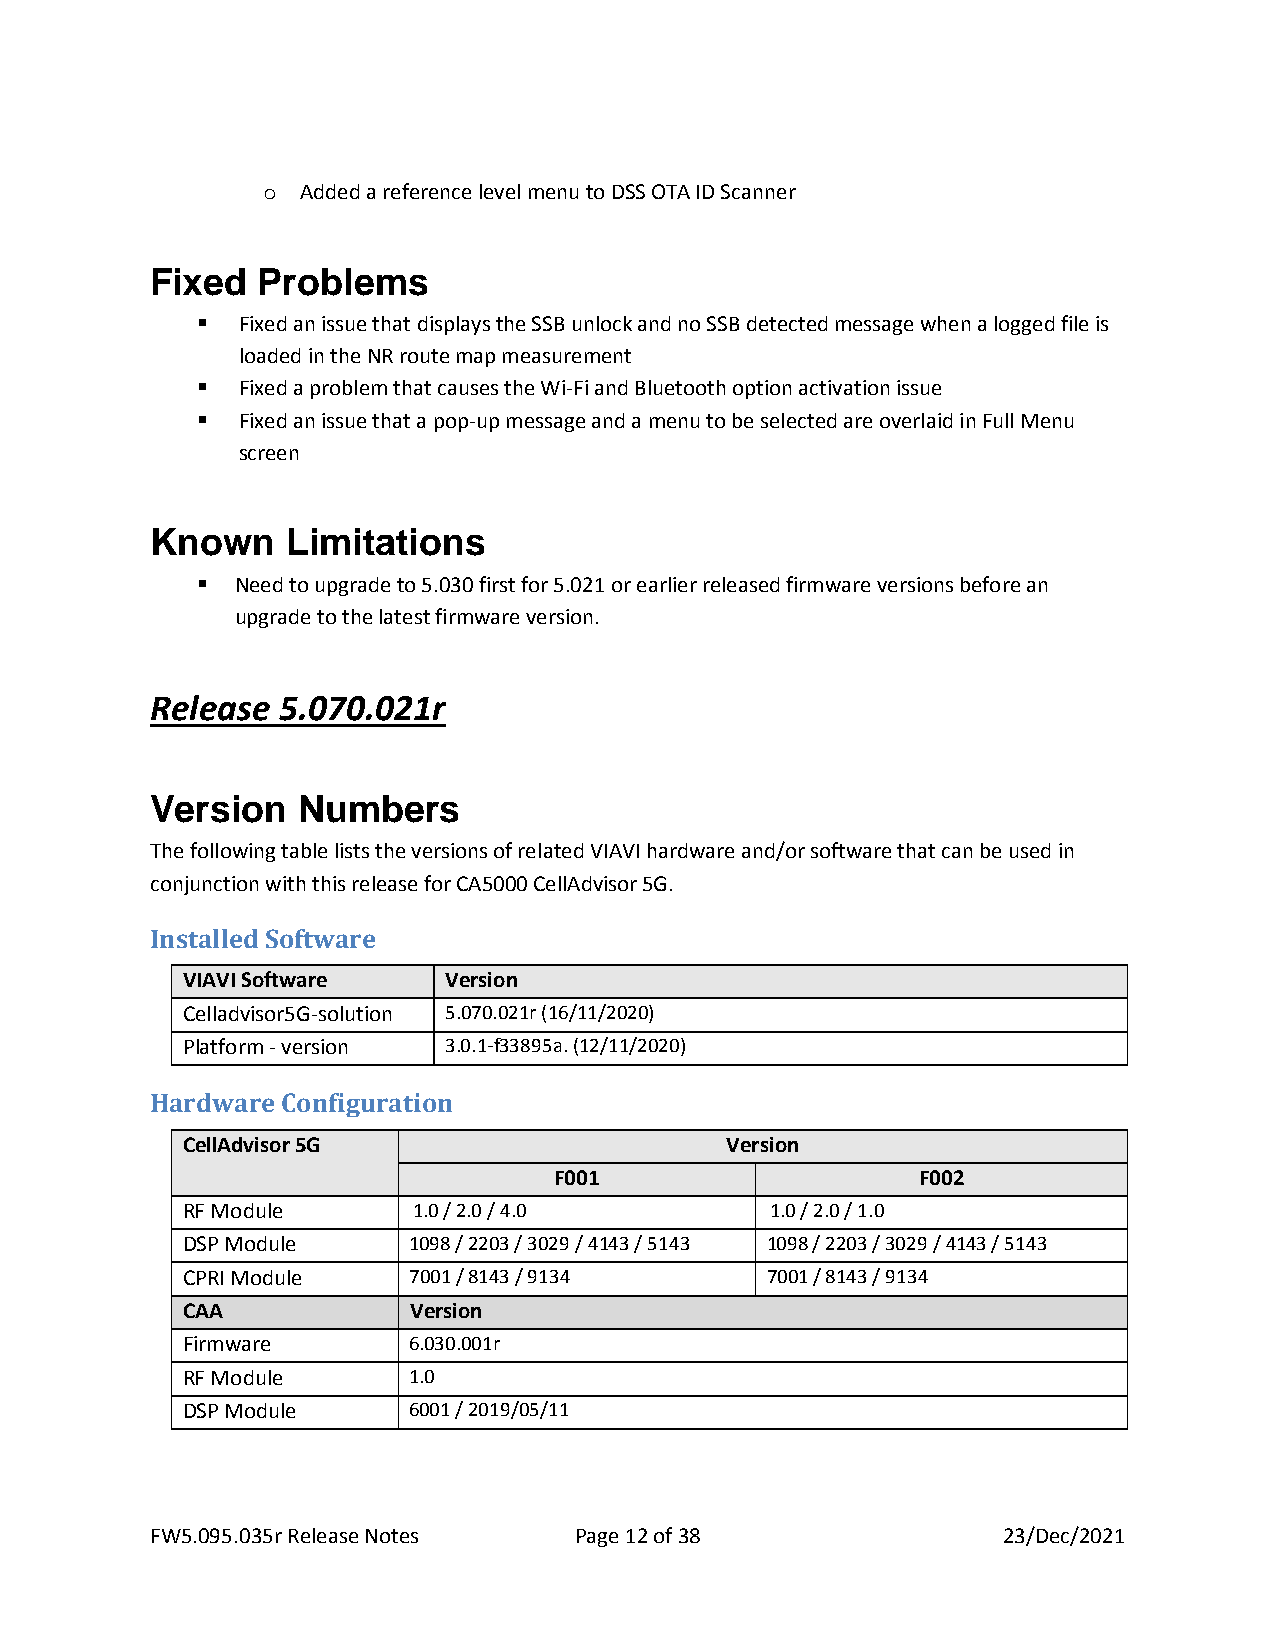
o  Added a reference level menu to DSS OTA ID Scanner
 Fixed  Problems
 ▪  Fixed an issue that displays the SSB unlock and no SSB detected message when a logged file is
 loaded in the NR route map measurement
 ▪  Fixed a problem that causes the Wi-Fi and Bluetooth option activation issue
 ▪  Fixed an issue that a pop-up message and a menu to be selected are overlaid in Full Menu
 screen
 Known    Limitations
 ▪  Need to upgrade to 5.030 first for 5.021 or earlier released firmware versions before an
 upgrade to the latest firmware version.
 Release 5.070.021r
 Version   Numbers
 The following table lists the versions of related VIAVI hardware and/or software that can be used in
 conjunction with this release for CA5000 CellAdvisor 5G.
 Installed Software
 VIAVI Software   Version
 Celladvisor5G-solution 5.070.021r (16/11/2020)
 Platform - version 3.0.1-f33895a. (12/11/2020)
 Hardware Configuration
 CellAdvisor 5G                      Version
 F001                    F002
 RF Module      1.0 / 2.0 / 4.0         1.0 / 2.0 / 1.0
 DSP Module     1098 / 2203 / 3029 / 4143 / 5143 1098 / 2203 / 3029 / 4143 / 5143
 CPRI Module    7001 / 8143 / 9134      7001 / 8143 / 9134
 CAA            Version
 Firmware       6.030.001r
 RF Module      1.0
 DSP Module     6001 / 2019/05/11
 FW5.095.035r Release Notes  Page 12 of 38               23/Dec/2021